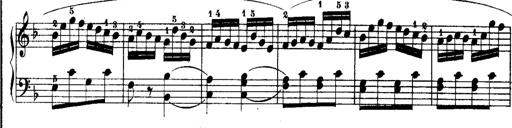
Title: Rondos and Sonatinas for Pianoforte
Composer: Daniel Steibelt